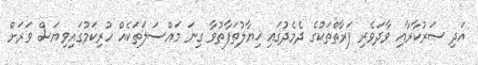
އަދި ސަރުކާރާއި ވާދަވެރި ފަރާތްތަކުގެ ދެމެދުގައި ޚިޔާލުތަފާތުވާ ގިނަ މައްސަލަތަކެއް ހުރިކަމުގައިވިޔަސް ވަރަށް